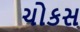
ચોકસ